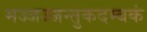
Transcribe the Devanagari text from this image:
मज्जज्जन्तुकदम्बकं